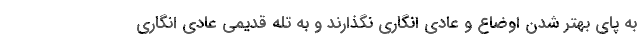
به پای بهتر شدن اوضاع و عادی انگاری نگذارند و به تله قدیمی عادی انگاری